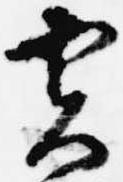
実